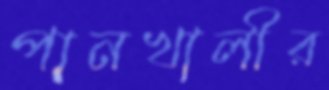
পানখালীর